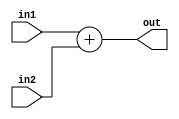
module ADD (in1, in2, out);
	input [31:0]in1;
	input [31:0]in2;
	output [31:0]out;
	assign  out = in1 + in2; 
endmodule